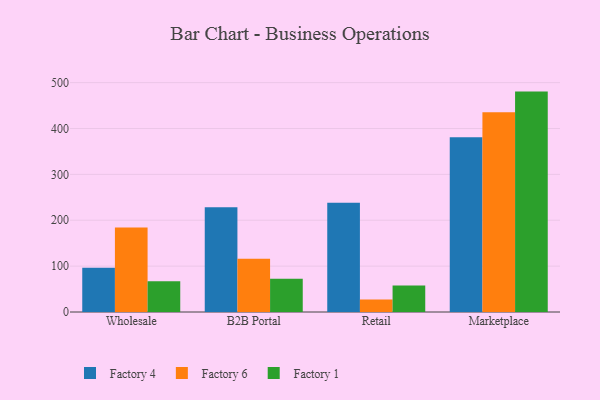
{"axis": {"x": "Channel", "y": "Gross Profit (USD K)"}, "legend": ["Factory 1", "Factory 4", "Factory 6"], "data": [{"x": "Wholesale", "y": 96.3, "type": "Factory 4"}, {"x": "Wholesale", "y": 184.2, "type": "Factory 6"}, {"x": "Wholesale", "y": 66.8, "type": "Factory 1"}, {"x": "B2B Portal", "y": 228.2, "type": "Factory 4"}, {"x": "B2B Portal", "y": 116.1, "type": "Factory 6"}, {"x": "B2B Portal", "y": 72.6, "type": "Factory 1"}, {"x": "Retail", "y": 238.2, "type": "Factory 4"}, {"x": "Retail", "y": 27.0, "type": "Factory 6"}, {"x": "Retail", "y": 58.0, "type": "Factory 1"}, {"x": "Marketplace", "y": 380.7, "type": "Factory 4"}, {"x": "Marketplace", "y": 435.2, "type": "Factory 6"}, {"x": "Marketplace", "y": 480.4, "type": "Factory 1"}]}